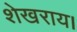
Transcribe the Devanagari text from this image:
शेखराय।